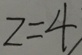
z = 4